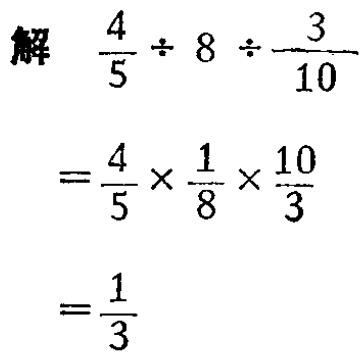
解

\[

\begin{align*}

\frac{4}{5}\div 8\div\frac{3}{10}&=\frac{4}{5}\times\frac{1}{8}\times\frac{10}{3}\\

&=\frac{1}{3}

\end{align*}

\]